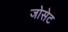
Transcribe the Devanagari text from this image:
जोसेट